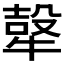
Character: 𭷮